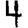
Digit: 4